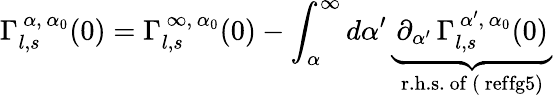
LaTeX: \Gamma_{l,s}^{\, \alpha,\, \alpha_{0}}(0)=\Gamma_{l,s}^{\, \infty,\, \alpha_{0}}(0)-\int_{\alpha}^{\infty}d\alpha^{\prime}\, \underbrace{\, \partial_{\alpha^{\prime}}\, \Gamma_{l,s}^{\, \alpha^{\prime},\, \alpha_{0}}(0)\, }_{\mathrm{r.h.s.~of~(\ ref{fg5})}}